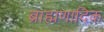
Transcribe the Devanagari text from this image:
ब्राह्मणादिक